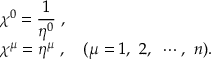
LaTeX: \begin{array} { l } { { \displaystyle \chi ^ { 0 } = \frac { 1 } { \eta ^ { 0 } } ~ , } } \\ { { \chi ^ { \mu } = \eta ^ { \mu } ~ , ~ ~ ~ ( \mu = 1 , ~ 2 , ~ \cdots , ~ n ) . } } \end{array}